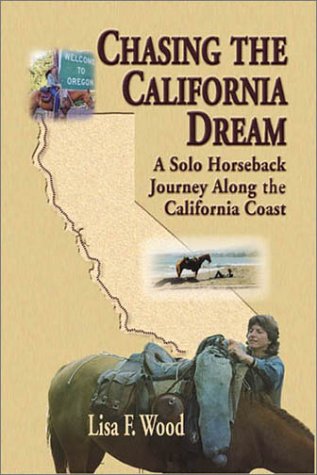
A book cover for Chasing the California Dream: A Solo Horesback Journey Along the California Coast; Lisa F. Wood; Travel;